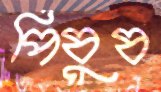
পিষুষ